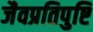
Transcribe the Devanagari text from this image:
जैवप्रतिपुष्टि